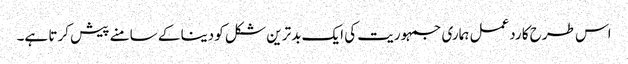
اس طرح کا ردعمل ہماری جمہوریت کی ایک بدترین شکل کو دینا کے سامنے پیش کرتا ہے۔